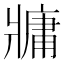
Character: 牅